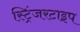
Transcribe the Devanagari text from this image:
स्ट्रिंजरटाइप